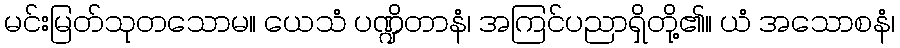
မင်းမြတ်သုတသောမ။ ယေသံ ပဏ္ဍိတာနံ၊ အကြင်ပညာရှိတို့၏။ ယံ အသောစနံ၊